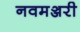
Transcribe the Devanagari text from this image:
नवमञ्जरी